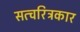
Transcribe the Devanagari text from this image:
सत्चरित्रकार